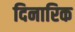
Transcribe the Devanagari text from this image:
दिनारिक